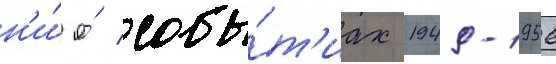
н'и́ о́ собы́т'иах 1949-1956